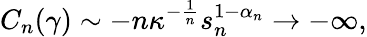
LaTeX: C_{n}(\gamma)\sim-n\kappa^{-\frac{1}{n}}s_{n}^{1-\alpha_{n}}\rightarrow-\infty,